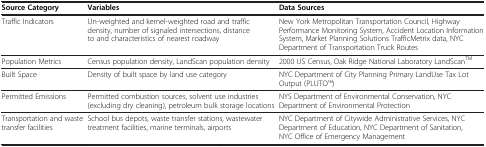
<table><thead><tr><td><b>Source Category</b></td><td><b>Variables</b></td><td><b>Data Sources</b></td></tr></thead><tbody><tr><td>Traffic Indicators</td><td>Un-weighted and kernel-weighted road and traffic density, number of signaled intersections, distance to and characteristics of nearest roadway</td><td>New York Metropolitan Transportation Council, Highway Performance Monitoring System, Accident Location Information System, Market Planning Solutions TrafficMetrix data, NYC Department of Transportation Truck Routes</td></tr><tr><td>Population Metrics</td><td>Census population density, LandScan population density</td><td>2000 US Census, Oak Ridge National Laboratory LandScan<sup>TM</sup></td></tr><tr><td>Built Space</td><td>Density of built space by land use category</td><td>NYC Department of City Planning Primary LandUse Tax Lot Output (PLUTOTM)</td></tr><tr><td>Permitted Emissions</td><td>Permitted combustion sources, solvent use industries (excluding dry cleaning), petroleum bulk storage locations</td><td>NYS Department of Environmental Conservation, NYC Department of Environmental Protection</td></tr><tr><td>Transportation and waste transfer facilities</td><td>School bus depots, waste transfer stations, wastewater treatment facilities, marine terminals, airports</td><td>NYC Department of Citywide Administrative Services, NYC Department of Education, NYC Department of Sanitation, NYC Office of Emergency Management</td></tr></tbody></table>